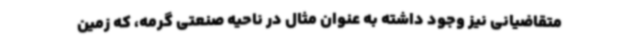
متقاضیانی نیز وجود داشته به عنوان مثال در ناحیه صنعتی گرمه، که زمین